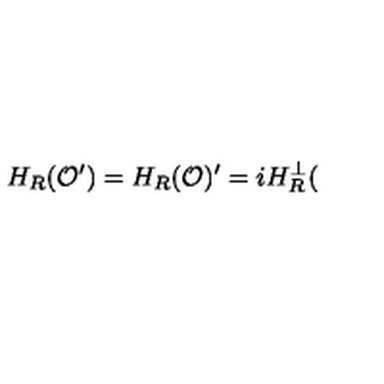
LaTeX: H _ { R } ( \mathcal { O } ^ { \prime } ) = H _ { R } ( \mathcal { O } ) ^ { \prime } = i H _ { R } ^ { \bot } (